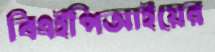
বিএইপিআইয়ের